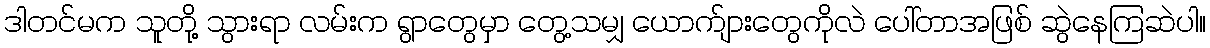
ဒါတင်မက သူတို့ သွားရာ လမ်းက ရွာတွေမှာ တွေ့သမျှ ယောက်ျားတွေကိုလဲ ပေါ်တာအဖြစ် ဆွဲနေကြဆဲပါ။